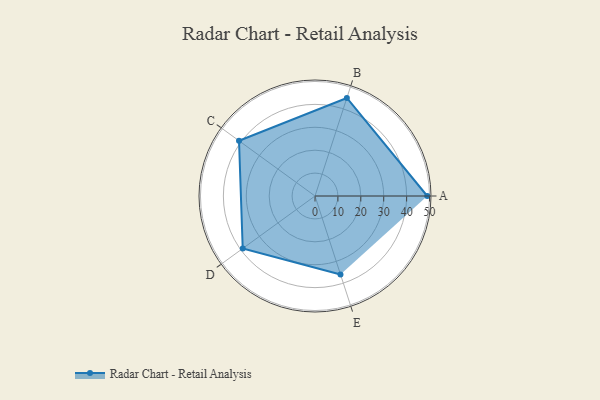
{"axis": {"x": "Skill", "y": "Score"}, "legend": ["Profile"], "data": [{"x": "A", "y": 49.0, "type": "Profile"}, {"x": "B", "y": 45.0, "type": "Profile"}, {"x": "C", "y": 41.0, "type": "Profile"}, {"x": "D", "y": 39.0, "type": "Profile"}, {"x": "E", "y": 36.0, "type": "Profile"}]}